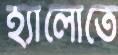
হ্যালোতে